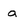
Character: a